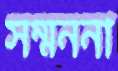
সম্মননা